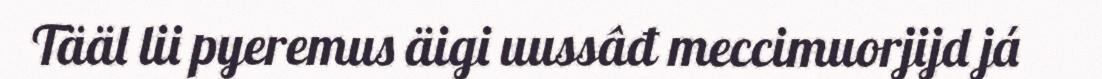
Tääl lii pyeremus äigi uussâđ meccimuorjijd já